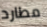
مطارد